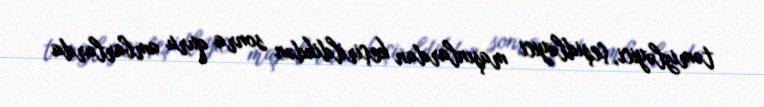
təmizləyici, çeşidləyici maşınlardan keçirildikdən sonra quru ambarlarda